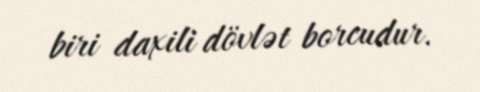
biri daxili dövlət borcudur.